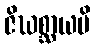
ဇိဃစ္ဆာယပိ